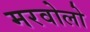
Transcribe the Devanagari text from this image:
मरवोलो